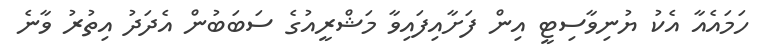
ހަމައެއާ އެކު ޔުނިވާސިޓީ އިން ފަށާއިފައިވާ މަޝްރީއުގެ ސަބަބުން އެދަދު އިތުރު ވާނެ